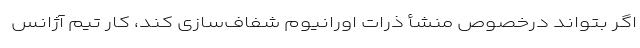
اگر بتواند درخصوص منشأ ذرات اورانیوم شفاف‌سازی کند، کار تیم آژانس